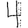
Digit: 4